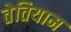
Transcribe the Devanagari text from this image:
तेतियाम